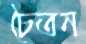
চৈতন